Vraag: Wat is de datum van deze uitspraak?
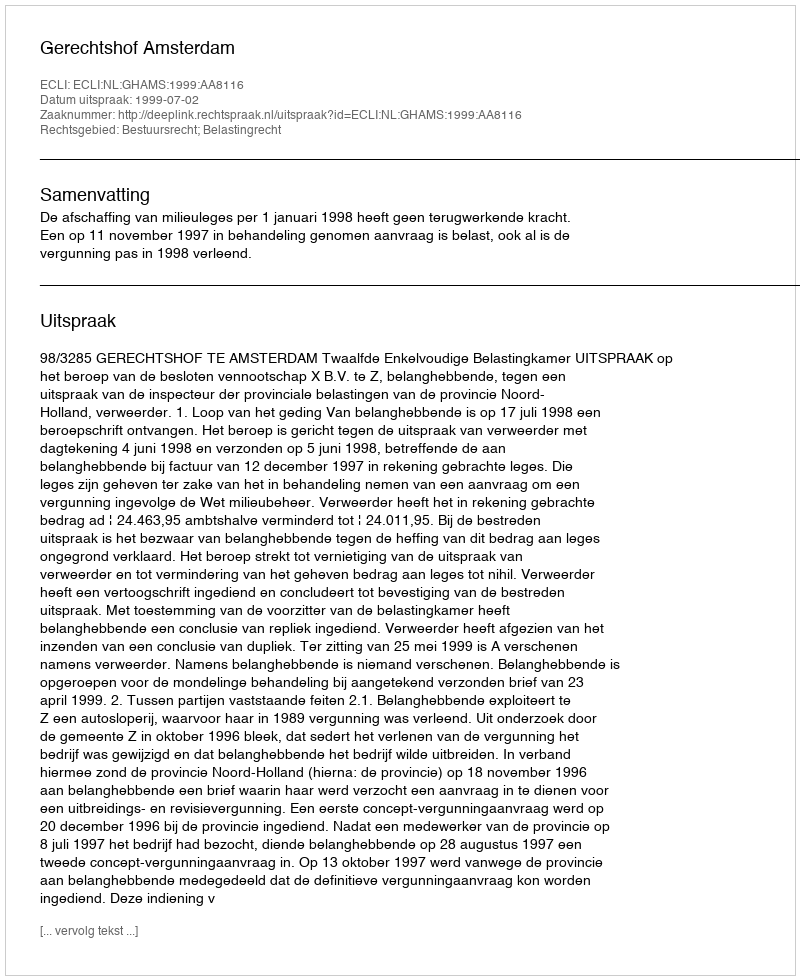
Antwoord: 1999-07-02